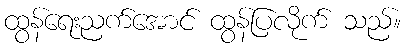
ထွန်ရေးညက်အောင် ထွန်ပြလိုက် သည်။